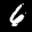
Label: 6